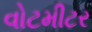
વોટમીટર